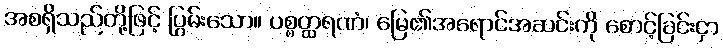
အစရှိသည်တို့ဖြင့် ပြွမ်းသော။ ပစ္စတ္ထရဏံ၊ မြေ၏အရောင်အဆင်းကို စောင့်ခြင်းငှာ